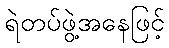
ရဲတပ်ဖွဲ့အနေဖြင့်